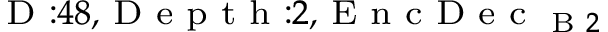
_ { \textrm { D } : 4 8 , \textrm { D e p t h } : 2 , \textrm { E n c D e c } _ { \textrm { B } 2 } }